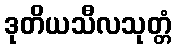
ဒုတိယသီလသုတ္တံ